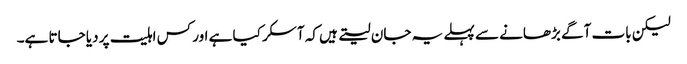
لیکن بات آگے بڑھانے سے پہلے یہ جان لیتے ہیں کہ آسکر کیا ہے اور کس اہلیت پر دیا جاتا ہے۔